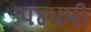
૫૪૫મી